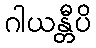
ဂါယန္တီပိ